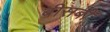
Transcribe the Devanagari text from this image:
बीसबीं